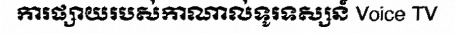
ការផ្សាយរបស់កាណាល់ទូរទស្សន៍ Voice TV